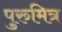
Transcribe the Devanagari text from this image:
पुरुमित्र